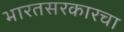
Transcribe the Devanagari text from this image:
भारतसरकारचा